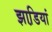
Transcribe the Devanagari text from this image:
झाडि़यां